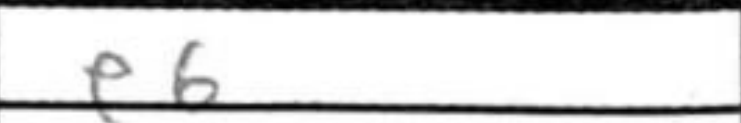
Transcription: e6